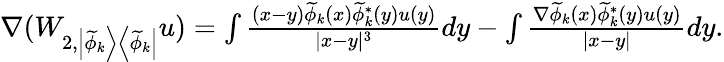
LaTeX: \begin{array}{r}{\nabla(W_{2,\left|\widetilde{\phi}_{k}\right>\left<\widetilde{\phi}_{k}\right|}u)=\int\frac{(x-y)\widetilde{\phi}_{k}(x)\widetilde{\phi}_{k}^{*}(y)u(y)}{|x-y|^{3}}dy-\int\frac{\nabla\widetilde{\phi}_{k}(x)\widetilde{\phi}_{k}^{*}(y)u(y)}{|x-y|}dy.}\end{array}